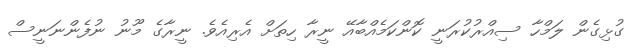
ގުޅިގެން ލަމްހާ ސިއްރުކުރަނީ ކޮންކަމެއްބާއޭ ނީރާ ހިތަށް އެރިއެވެ. ނީރާގެ މޫނު ނުފެންނަނީސް